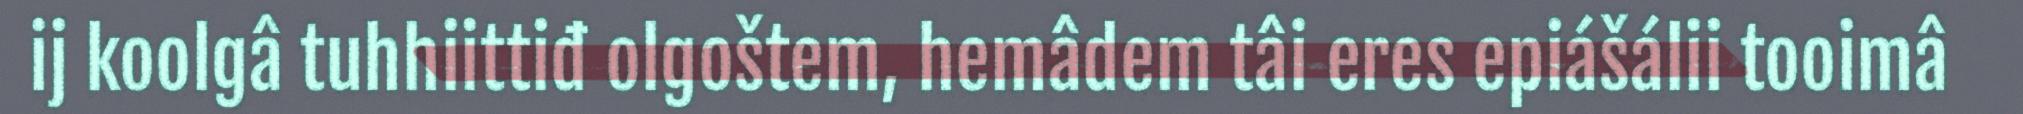
ij koolgâ tuhhiittiđ olgoštem, hemâdem tâi eres epiášálii tooimâ